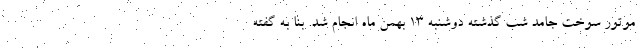
موتور سوخت جامد شب گذشته دوشنبه ۱۳ بهمن ماه انجام شد. بنا به گفته